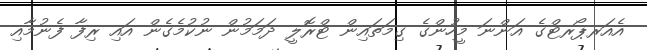
އެއަރޕޯރޓްގެ އަންނަ މީހުންގެ ގިމަތައިން ޓްރޮލީ ދަމަމުން ނުކުމެގެން އައި ރިފާ ފެނުމާއި